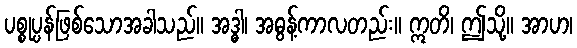
ပစ္စုပ္ပန်ဖြစ်သောအခါသည်။ အဒ္ဓါ၊ အဓွန့်ကာလတည်း။ ဣတိ၊ ဤသို့။ အာဟ၊